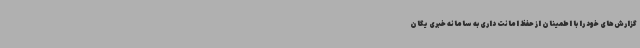
گزارش‌های خود را با اطمینان از حفظ امانت داری به سامانه خبری یگان